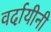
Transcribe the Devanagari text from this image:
वर्दायीनी